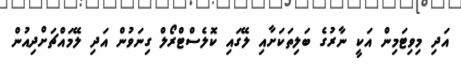
އަދި މިވިޓަމިން އަކީ ނާރުގެ ބަލިތަކަށާއި ލޭގައި ކޮލެސްޓްރޯލް ގިނަވުން އަދި ލޭމައްޗަށްދިއުން